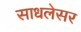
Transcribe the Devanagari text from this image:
साधलेसर